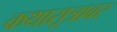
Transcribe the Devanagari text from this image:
कथासूत्रावर